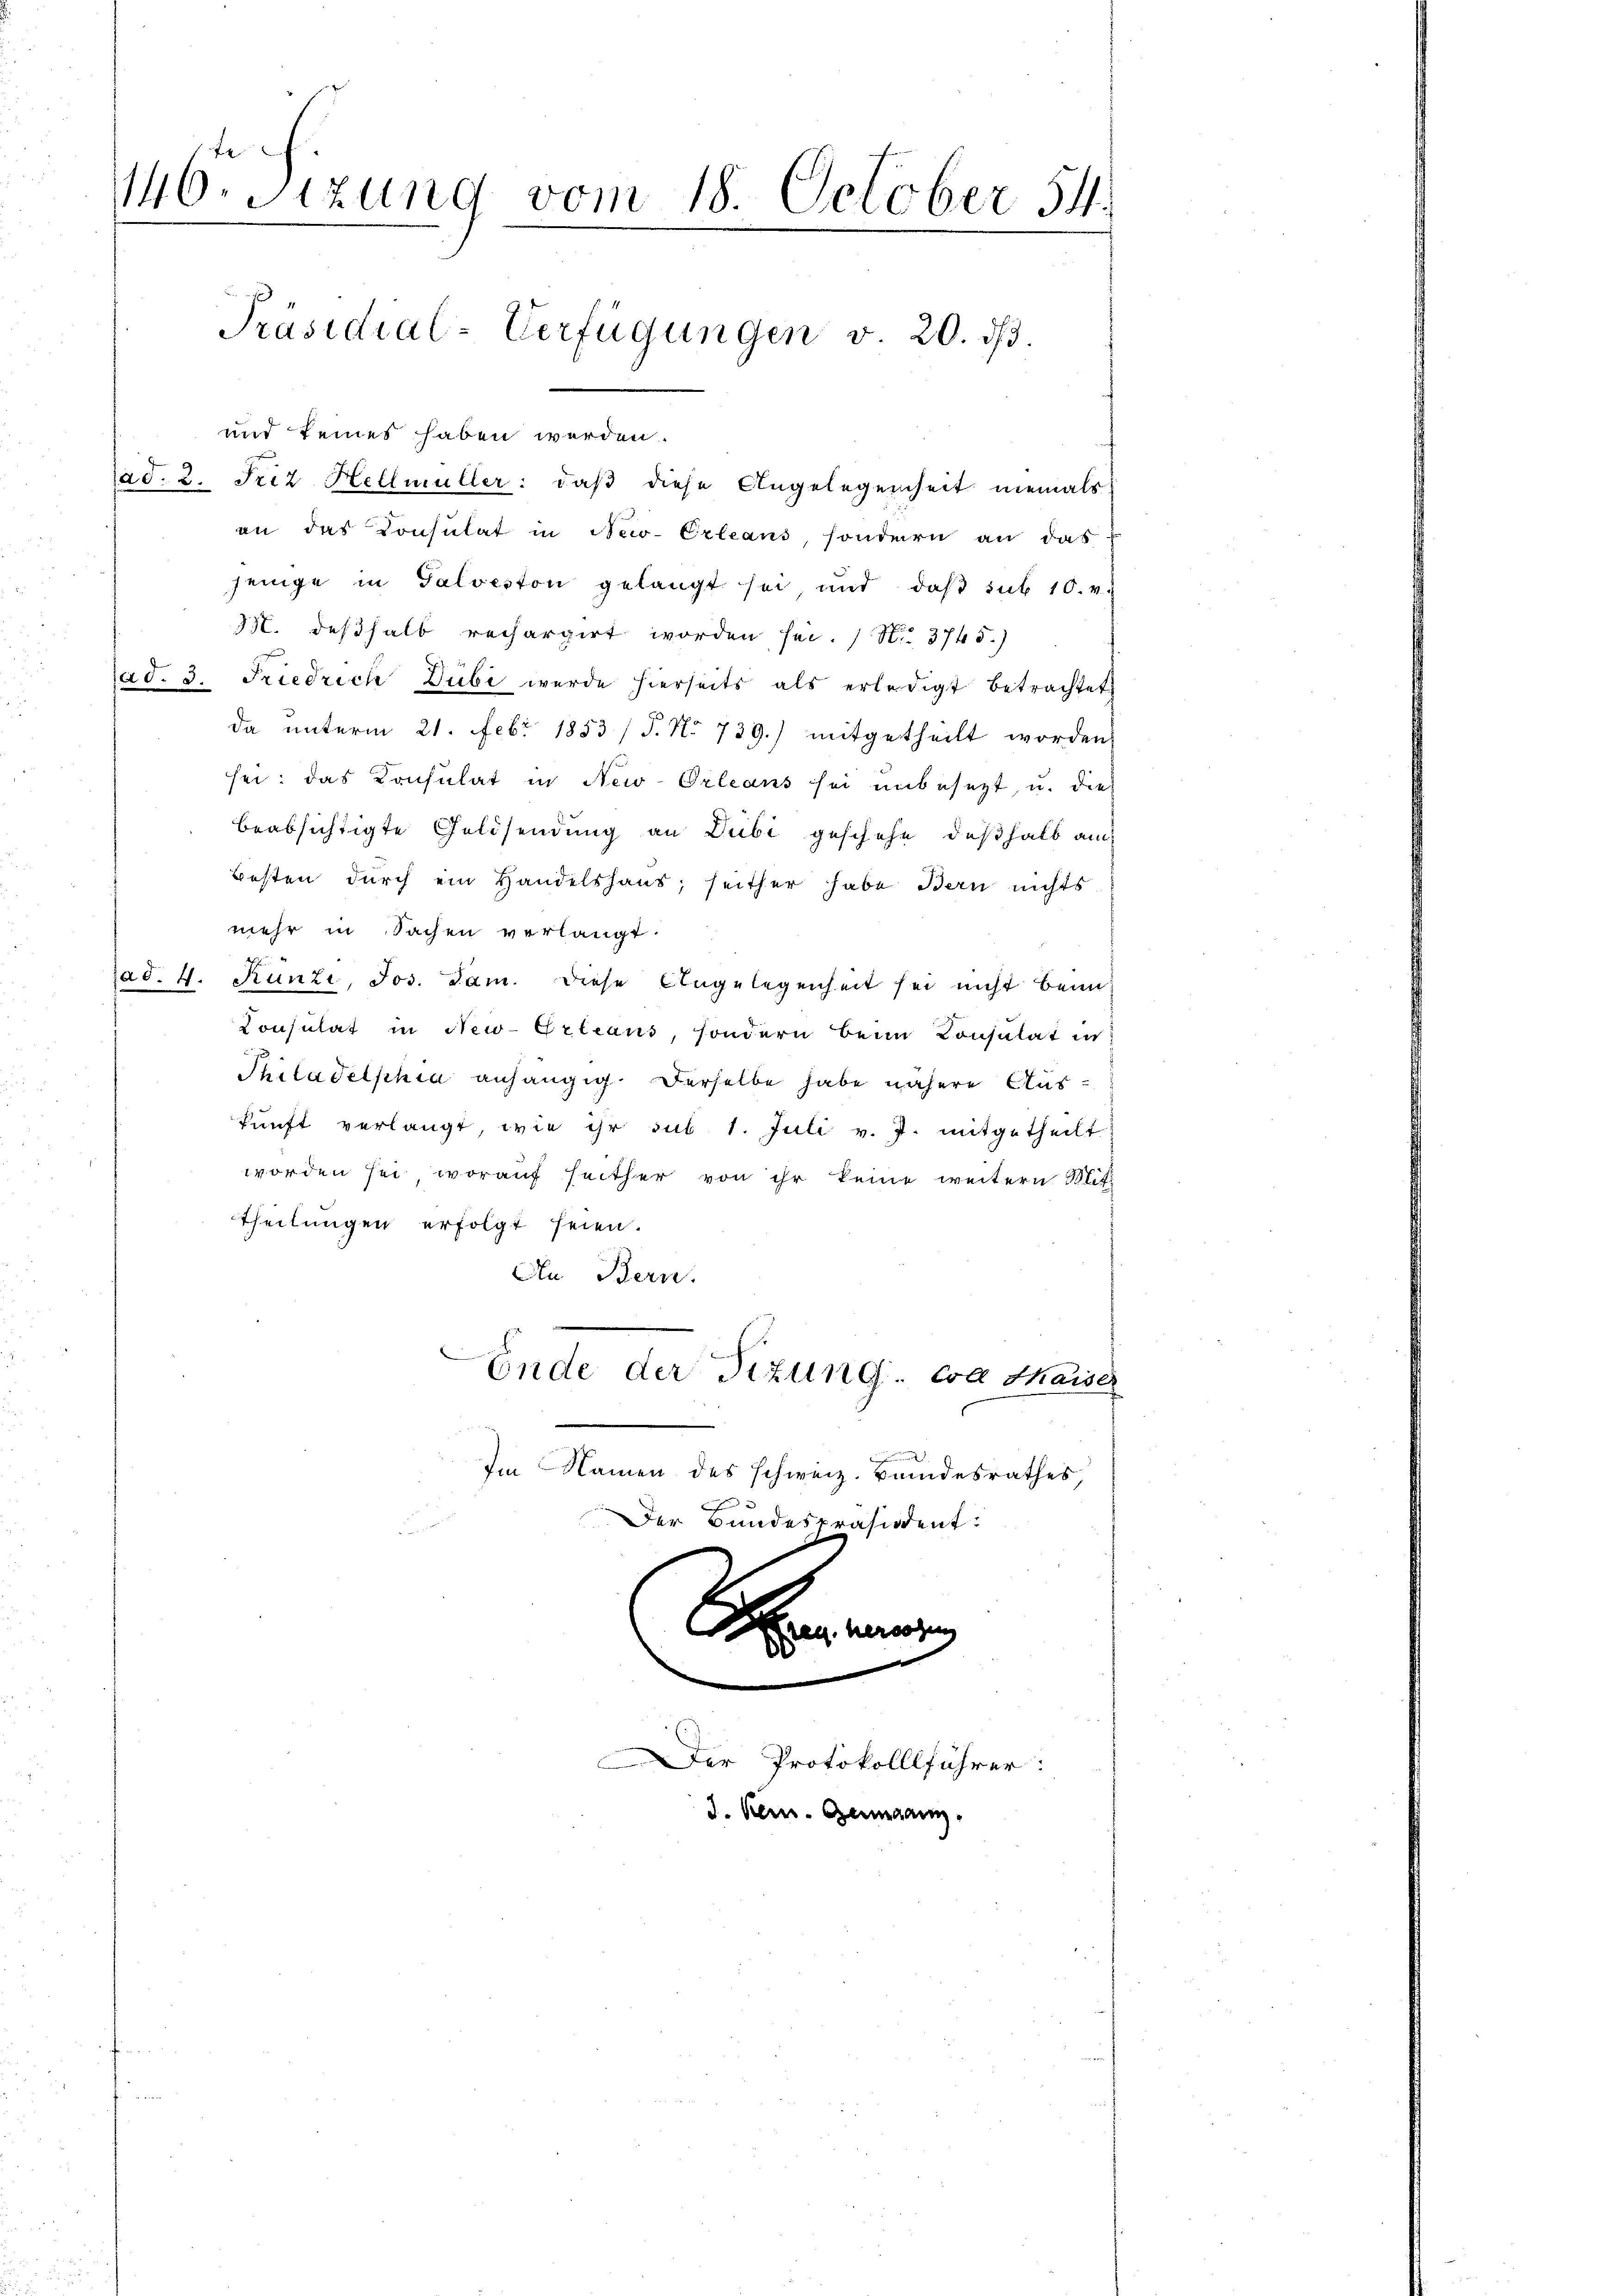
146. Sitzung vom 18. October 54.
Präsidial-Verfügungen v. 20. dβ.

6

und keines haben werden.
ad. 2. Friz Hellmüller: daß diese Angelegenheit niemals
an das Consulat in New-Orleans, sondern an das
jenige in Galveston gelangt sei, und daβ sub 10. v.
35. deshalb rechargirt worden sei. No. 3745.)
ad. 3. Friedrich Dubi wurde hierseits als erledigt betrachtet
da unterm 21. Febr 1853 / P. No 739.) mitgetheilt worden
sei: das Konsulat in New-Orleans sei unbesezt, u. die
beabsichtigte Geldsendung an Dubi geschehe, deßhalb am
Besten durch ein Handelshaus; seither habe den nichts
mehr in Sachen verlangt.
e
Ja d. 4. Runzi, Jos. Jan. Diese Angelegenheit sei nicht beim
Consulat in New-Orleans, sondern beim Konsulat in
Philadelphia anhängig. Derselbe habe nähere Auskŭnft verlangt, wie ihr sub 1. Juli v. J. mitgetheilt
worden sei, worauf seither von ihr keine weitern Mit
theilungen erfolgt seien.
An Bern.
Ende der Tizung. Eva Thaise
Im Namen des schweiz. Bundesrathes,
Der Bundespräsident.

See heuten
0
er Protokolllführer:
J. Kem. Germann.